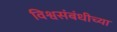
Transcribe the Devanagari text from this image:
विश्वसंबंधीच्या